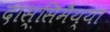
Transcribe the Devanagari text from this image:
दास्सिमैय्या